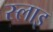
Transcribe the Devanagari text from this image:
स्लाइ